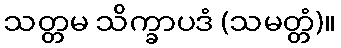
သတ္တမ သိက္ခာပဒံ (သမတ္တံ)။